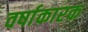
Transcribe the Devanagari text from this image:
वर्षाकारक